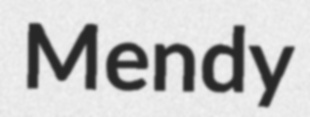
Mendy